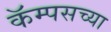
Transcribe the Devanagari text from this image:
कॅम्पसच्या